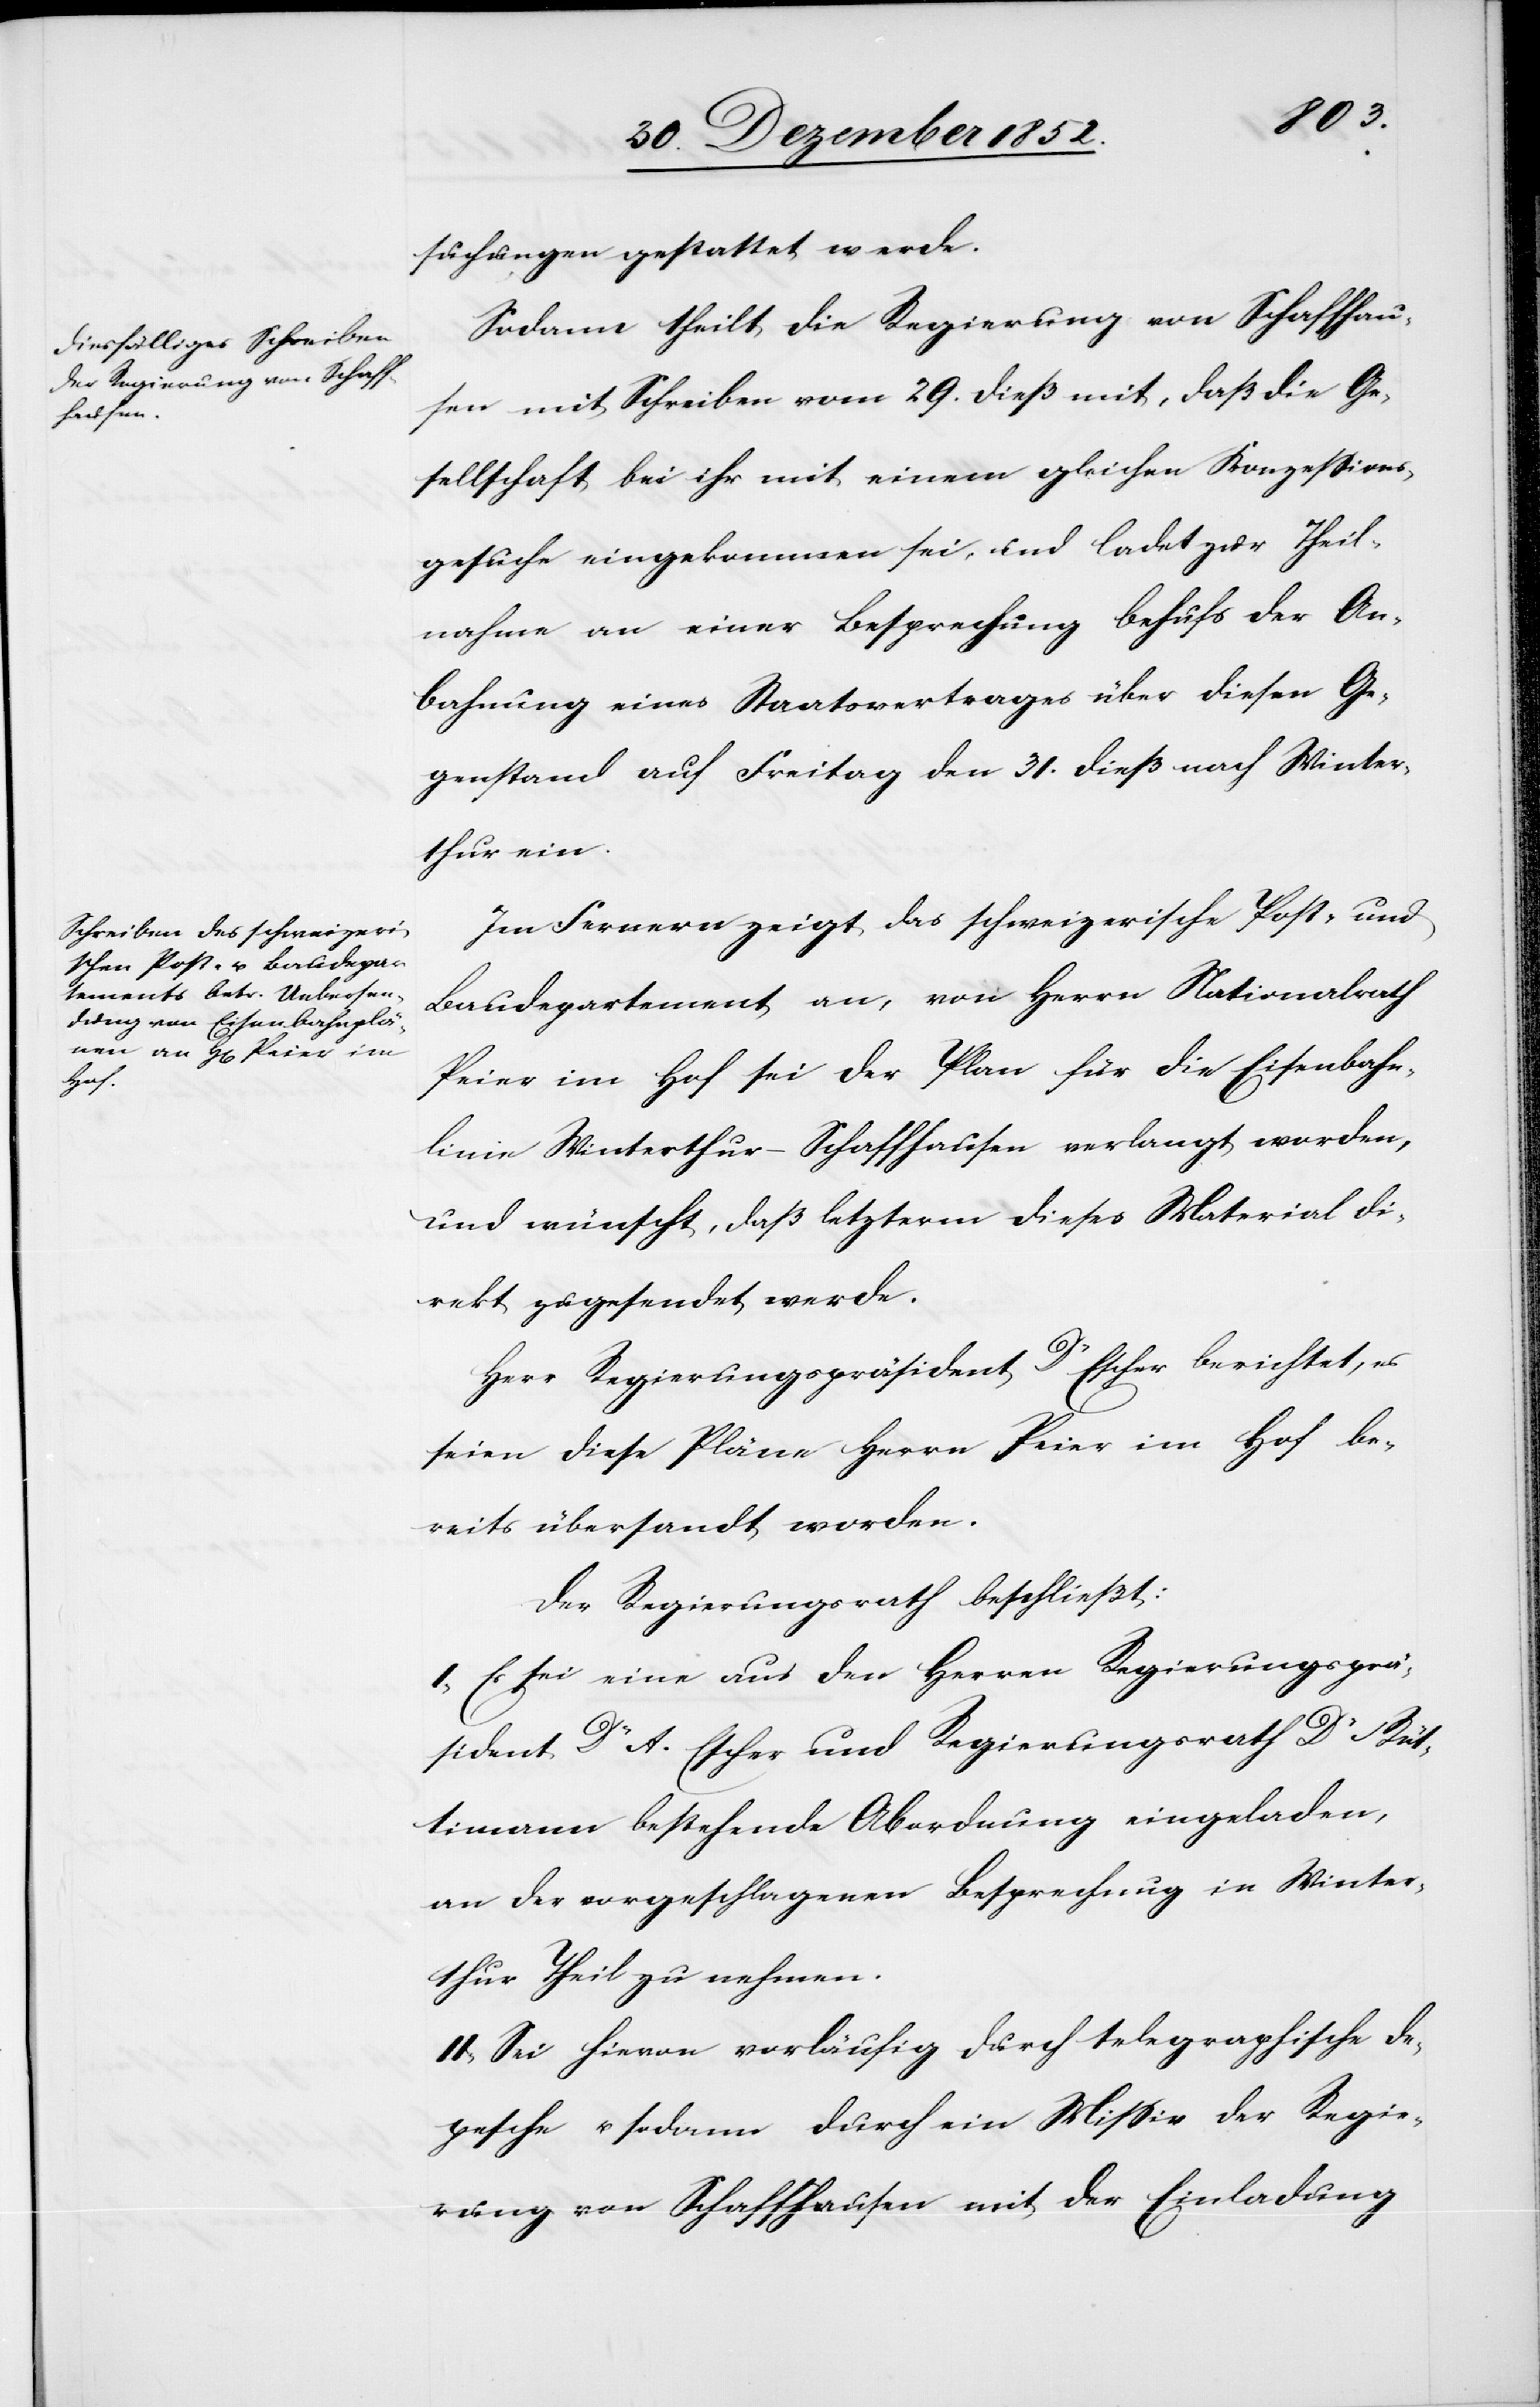
suchungen gestattet werde.
Sodann theilt die Regierung von Schaffhau¬
sen mit Schreiben vom 29. dieß mit, daß die Ge¬
sellschaft bei ihr mit einem gleichen Konzessions¬
gesuche eingekommen sei, und ladet zur Theil¬
nahme an einer Besprechung behufs der An¬
bahnung eines Staatsvertrages über diesen Ge¬
genstand auf Freitag den 31. dieß nach Winter¬
thur ein.
Im Fernern zeigt das schweizerische Post- und
Baudepartement an, von Herrn Nationalrath
Peier im Hof sei der Plan für die Eisenbahn¬
linie Winterthur-Schaffhausen verlangt worden,
und wünscht, daß letzterm dieses Material di¬
rekt zugesendet werde.
Herr Regierungspräsident Dr Escher berichtet, es
seien diese Pläne Herrn Peier im Hof be¬
reits übersandt worden.
Der Regierungsrath beschließt:
I, Es sei eine aus den Herren Regierungsprä¬
sident Dr A. Escher und Regierungsrath Dr Rü¬
ttimann bestehende Abordnung eingeladen,
an der vorgeschlagenen Besprechung in Winter¬
thur Theil zu nehmen.
II, Sei hievon vorläufig durch telegraphische De¬
pesche u. sodann durch ein Missiv der Regie¬
rung von Schaffhausen mit der Einladung